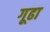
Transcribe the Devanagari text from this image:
गूढा